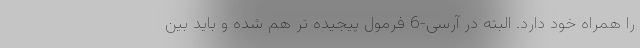
را همراه خود دارد. البته در آرسی-6 فرمول پیجیده تر هم شده و باید بین